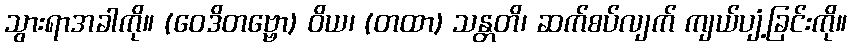
သွားရာအခါကို။ (ဝေဒိတဗ္ဗော) ဝိယ၊ (တထာ) သန္တတိ၊ ဆက်စပ်လျက် ကျယ်ပျံ့ခြင်းကို။